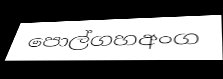
පොල්ගහඅංග